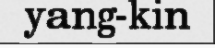
yang-kin